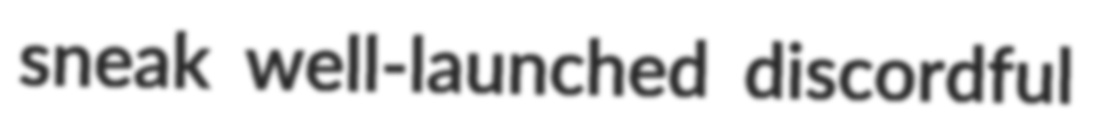
sneak well-launched discordful